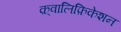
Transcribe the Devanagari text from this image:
क़्वालिफ़िकेशन